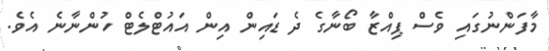
މާފަންނުގައި ވެސް ޕިއްޒާ ބޯނާގެ ދެ ޑައިން އިން އައުޓްލެޓް ހުންނާނެ އެވެ.